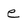
Character: e